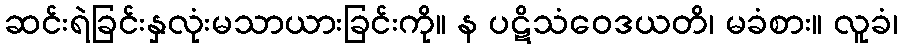
ဆင်းရဲခြင်းနှလုံးမသာယားခြင်းကို။ န ပဋိသံဝေဒယတိ၊ မခံစား။ လူခံ၊